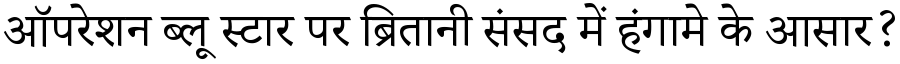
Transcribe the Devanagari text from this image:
ऑपरेशन ब्लू स्टार पर ब्रितानी संसद में हंगामे के आसार?